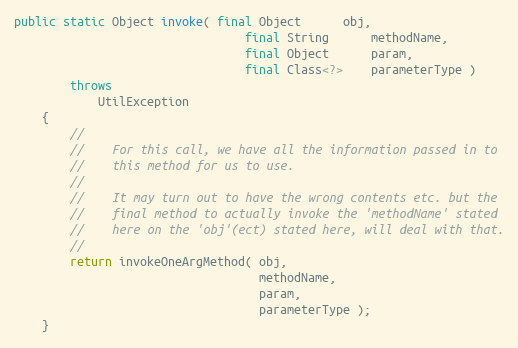
Language: Java
public static Object invoke( final Object      obj,
                                 final String      methodName,
                                 final Object      param,
                                 final Class<?>    parameterType )
        throws
            UtilException
    {
        //
        //    For this call, we have all the information passed in to
        //    this method for us to use.
        //
        //    It may turn out to have the wrong contents etc. but the
        //    final method to actually invoke the 'methodName' stated
        //    here on the 'obj'(ect) stated here, will deal with that.
        //
        return invokeOneArgMethod( obj,
                                   methodName,
                                   param,
                                   parameterType );
    }